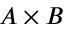
A \times B